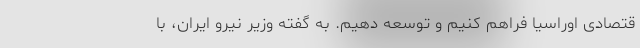
قتصادی اوراسیا فراهم کنیم و توسعه دهیم. به گفته وزیر نیرو ایران، با